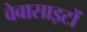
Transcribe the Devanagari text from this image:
वेबासाइटों